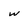
Character: w